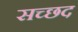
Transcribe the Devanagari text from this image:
सच्छद